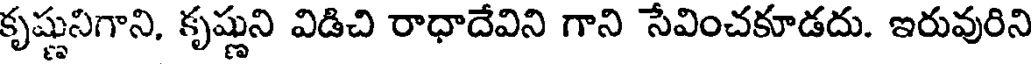
కృష్ణునిగాని, కృష్ణుని విడిచి రాధాదేవిని గాని సేవించకూడదు. ఇరువురిని